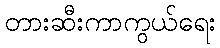
တားဆီးကာကွယ်ရေး